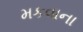
મકવાના